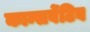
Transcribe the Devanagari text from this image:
कान्सर्वेटिव